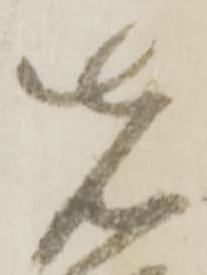
先